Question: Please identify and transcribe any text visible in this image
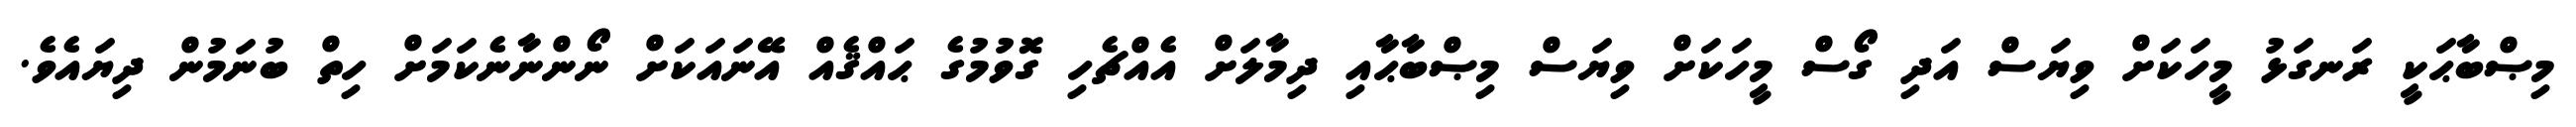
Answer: މިޞްބާޙަކީ ރަނގަޅު މީހަކަށް ވިޔަސް އަދި ގޯސް މީހަކަށް ވިޔަސް މިޞްބާޙާއި ދިމާލަށް އެއްޗެހި ގޮވުމުގެ ޙައްޤެއް އޭނައަކަށް ނޯންނާނެކަމަށް ހިތް ބުނަމުން ދިޔައެވެ.